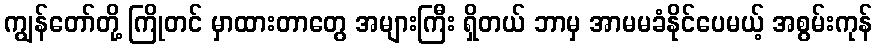
ကျွန်တော်တို့ ကြိုတင် မှာထားတာတွေ အများကြီး ရှိတယ် ဘာမှ အာမမခံနိုင်ပေမယ့် အစွမ်းကုန်